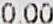
0.00